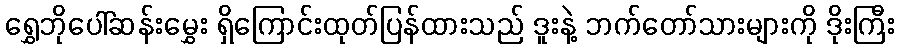
ရွှေဘိုပေါ်ဆန်းမွှေး ရှိကြောင်းထုတ်ပြန်ထားသည် ဒူးနဲ့ ဘက်တော်သားများကို ဒိုးကြီး